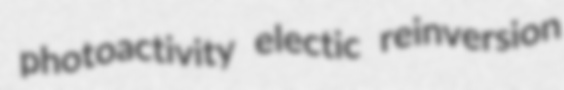
photoactivity electic reinversion